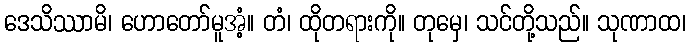
ဒေသိဿာမိ၊ ဟောတော်မူအံ့။ တံ၊ ထိုတရားကို။ တုမှေ၊ သင်တို့သည်။ သုဏာထ၊